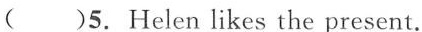
( )5. Helen likes the present.